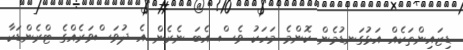
ޑިޒައިންތަކެއް އަޅުގަނޑުމެން ކޮންމެ މަހަކު ވެސް އެބަ ނެރެން އެ ދުވަސްވަރެއްގެ ޓްރެންޑަކާ